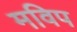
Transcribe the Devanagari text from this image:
मविप